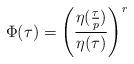
LaTeX: \begin{align*}\Phi(\tau) = \left( \frac{\eta(\frac{\tau}{p})}{\eta(\tau)}\right)^r\end{align*}